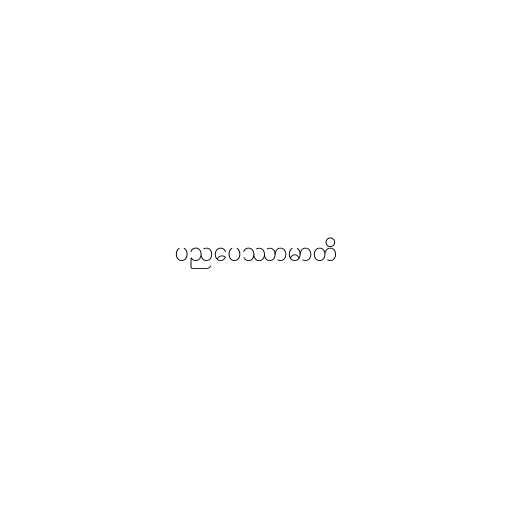
ပညပေဿာမာတိ